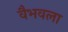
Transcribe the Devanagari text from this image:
वैभवला